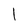
Character: l